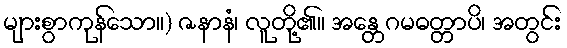
များစွာကုန်သော။) ဇနာနံ၊ လူတို့၏။ အန္တေဂမဓတ္တာပိ၊ အတွင်း